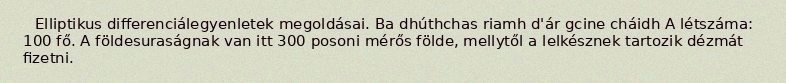
Elliptikus differenciálegyenletek megoldásai. Ba dhúthchas riamh d'ár gcine cháidh A létszáma: 100 fő. A földesuraságnak van itt 300 posoni mérős földe, mellytől a lelkésznek tartozik dézmát fizetni.